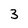
Character: 3